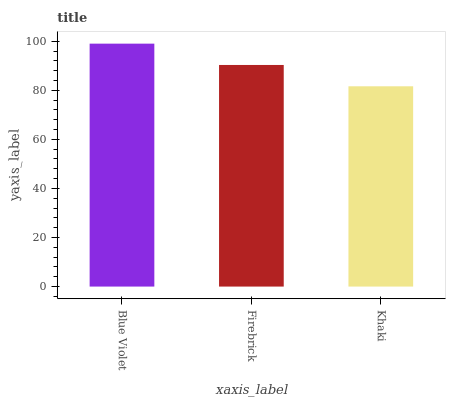
| xaxis_label | bars |
 | --- | --- |
 | Blue Violet | 99 |
 | Firebrick | 90.3 |
 | Khaki | 81.6 |